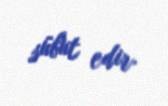
sübut edir.